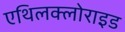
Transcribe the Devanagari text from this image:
एथिलक्लोराइड